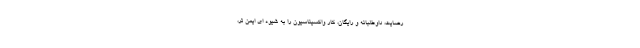
رضایت، داوطلبانه و رایگان، کار واکسیناسیون را به شیوه ای ایمن تر،